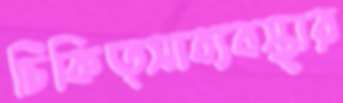
চিকিত্সাব্যবস্থার